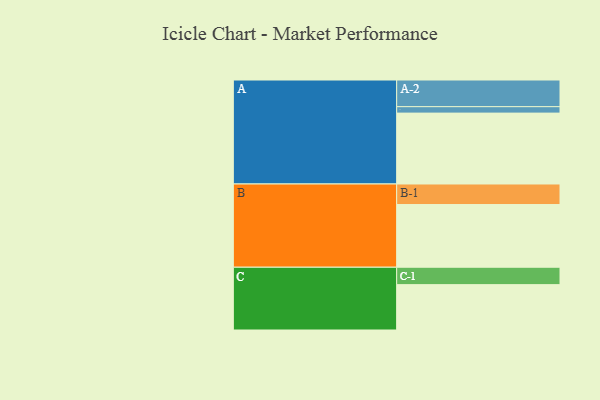
{"axis": {"x": "Segment", "y": "Value"}, "legend": ["", "A", "B", "C"], "data": [{"x": "A", "y": 550, "type": ""}, {"x": "B", "y": 487, "type": ""}, {"x": "C", "y": 352, "type": ""}, {"x": "A-1", "y": 50, "type": "A"}, {"x": "A-2", "y": 207, "type": "A"}, {"x": "B-1", "y": 159, "type": "B"}, {"x": "C-1", "y": 135, "type": "C"}]}